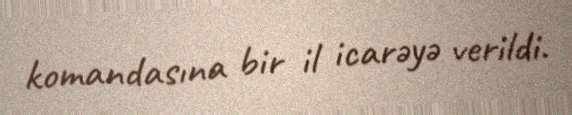
komandasına bir il icarəyə verildi.